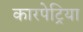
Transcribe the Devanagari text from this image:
कारपेट्रिया